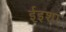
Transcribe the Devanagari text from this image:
ईइशा